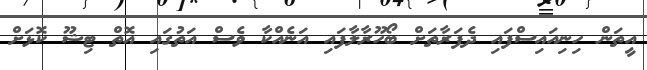
އީތަން ހިނިއައިސްފައި ދެފަރާތަށް ބޯހޫރާލާފައި އަނެއްކާ ވެސް އަތުގައި އޮތް ޓިޝޫ ކޮޅަށް